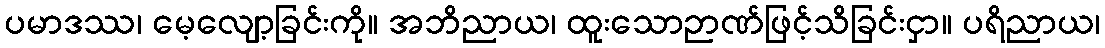
ပမာဒဿ၊ မေ့လျော့ခြင်းကို။ အဘိညာယ၊ ထူးသောဉာဏ်ဖြင့်သိခြင်းငှာ။ ပရိညာယ၊